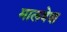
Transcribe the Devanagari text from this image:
मालवेश